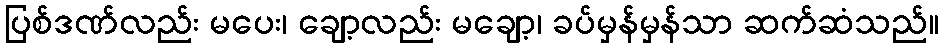
ပြစ်ဒဏ်လည်း မပေး၊ ချော့လည်း မချော့၊ ခပ်မှန်မှန်သာ ဆက်ဆံသည်။